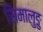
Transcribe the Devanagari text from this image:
सिमालुङु